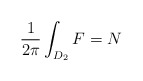
\begin{align*}\frac{1}{2\pi }\int_{D_{2}}F=N \end{align*}